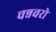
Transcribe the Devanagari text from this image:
चन्नवरो